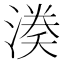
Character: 𭱱